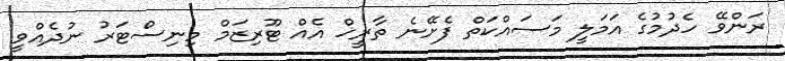
ރަންވޭ ހެދުމުގެ އަމަލީ މަސައްކަތް ފެށޭނެ ތާރީޚް އެއް ޓޫރިޒަމް މިނިސްޓަރު ނުދެއްވީ